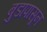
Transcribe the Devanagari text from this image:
बुडापासून